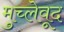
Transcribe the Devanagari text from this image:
मुच्लेवूद